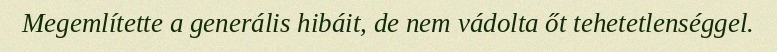
Megemlítette a generális hibáit, de nem vádolta őt tehetetlenséggel.